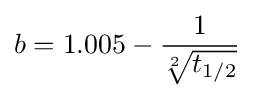
b=1.005-{\frac {1}{\sqrt[{2}]{t_{1/2}}}}